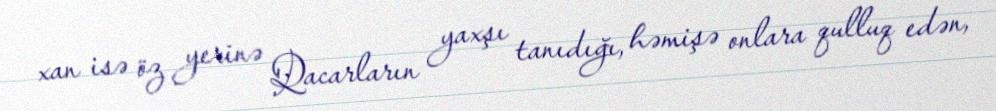
xan isə öz yerinə Qacarların yaxşı tanıdığı, həmişə onlara qulluq edən,